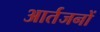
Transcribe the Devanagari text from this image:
आर्तजनों